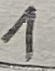
Text: 1